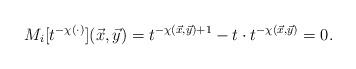
LaTeX: \begin{align*}M_i[t^{-\chi(\cdot)}](\vec{x},\vec{y})=t^{-\chi(\vec{x},\vec{y})+1}-t\cdot t^{-\chi(\vec{x},\vec{y})}=0.\end{align*}